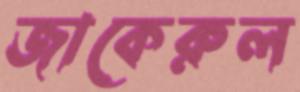
জাকেরুল